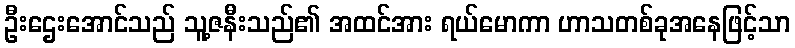
ဦးဌေးအောင်သည် သူ့ဇနီးသည်၏ အထင်အား ရယ်မောကာ ဟာသတစ်ခုအနေဖြင့်သာ